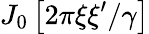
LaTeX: J_{0}\left[{2\pi\xi\xi^{\prime}}/{\gamma}\right]